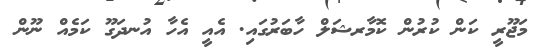
މަޖޫރީ ކަން ކުރުން ކޮމާރޝަލް ހާބަރުގައި. އެއީ އެހާ އުނދަގޫ ކަމެއް ނޫން